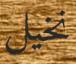
نخيل